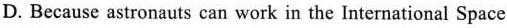
D.Because astronauts can work in the International Space